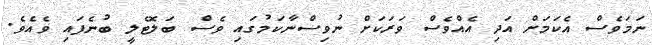
ނަމަވެސް އެކަމަށް އަދި އެއްވެސް ވަރަކަށް ނުވިސްނާކަމުގައި ވެސް ބަލޮޓެލީ ބުނެފައި ވެއެވެ.